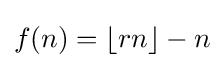
f(n)=\lfloor rn\rfloor -n